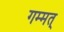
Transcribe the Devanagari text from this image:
गम्मत्